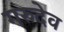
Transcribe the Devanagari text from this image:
गरुदेव